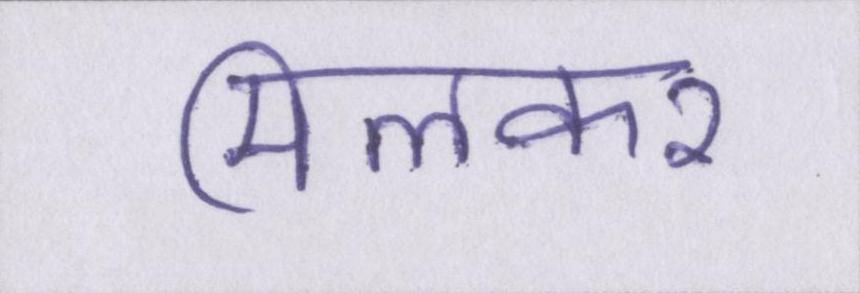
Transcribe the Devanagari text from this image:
मिलकर